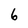
Character: 6